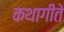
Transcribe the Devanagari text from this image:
कथागीते